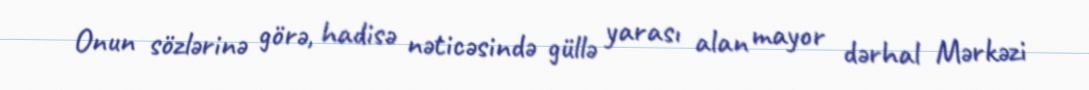
Onun sözlərinə görə, hadisə nəticəsində güllə yarası alan mayor dərhal Mərkəzi